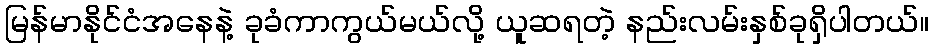
မြန်မာနိုင်ငံအနေနဲ့ ခုခံကာကွယ်မယ်လို့ ယူဆရတဲ့ နည်းလမ်းနှစ်ခုရှိပါတယ်။